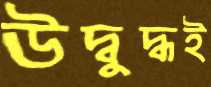
উদ্বুদ্ধই